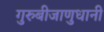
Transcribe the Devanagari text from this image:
गुरुबीजाणुधानी